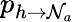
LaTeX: p_{h\to\mathcal N_{a}}